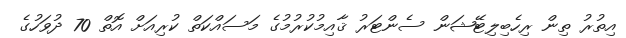
އިތުރު ތިން ރިހެބިލިޓޭޝަން ސެންޓަރު ޤާއިމުކުރުމުގެ މަސައްކަތް ކުރިއަށް އޮތް 70 ދުވަހުގެ